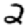
Digit: 2